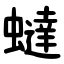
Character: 蟽